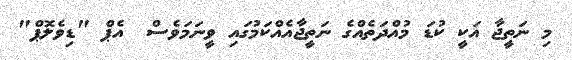
މި ނަތީޖާ އަކީ ކުޑަ މުއްދަތެއްގެ ނަތީޖާއެއްކަމުގައި ވީނަމަވެސް  އެޕް "ޑިވެލޮޕް"